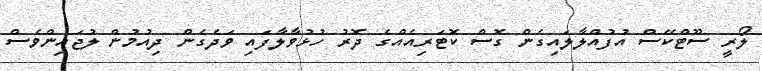
ލޯރީ ސޫޓްކޭސް އުފުއްލާލައިގެން ގޮސް ކޮޓަރިއެއްގެ ދޮރު ހުޅުވާލާފައި ވަދެގެން ދިއުމުން ލުޖައިންވެސް